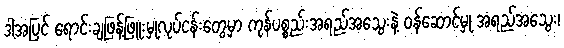
ဒါ့အပြင် ရောင်းချဖြန့်ဖြူးမှုလုပ်ငန်းတွေမှာ ကုန်ပစ္စည်းအရည်အသွေးနဲ့ ဝန်ဆောင်မှု အရည်အသွေး၊